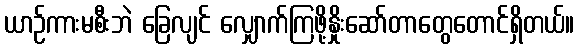
ယာဉ်ကားမစီးဘဲ ခြေလျင် လျှောက်ကြဖို့နှိုးဆော်တာတွေတောင်ရှိတယ်။